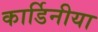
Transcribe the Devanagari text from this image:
कार्डिनीया